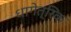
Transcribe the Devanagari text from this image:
धागेत्रिक